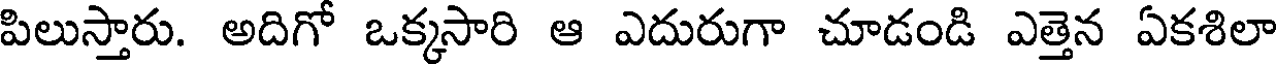
పిలుస్తారు. అదిగో ఒక్కసారి ఆ ఎదురుగా చూడండి ఎత్తెన ఏకశిలా